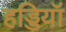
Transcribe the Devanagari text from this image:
हड्डियॉ